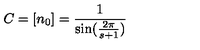
C = [ n _ { 0 } ] = \frac { 1 } { \sin ( \frac { 2 \pi } { s + 1 } ) }